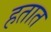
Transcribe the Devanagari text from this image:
हतात